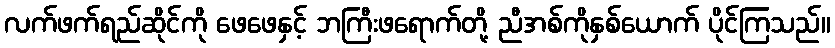
လက်ဖက်ရည်ဆိုင်ကို ဖေဖေနှင့် ဘကြီးဖရောက်တို့ ညီအစ်ကိုနှစ်ယောက် ပိုင်ကြသည်။